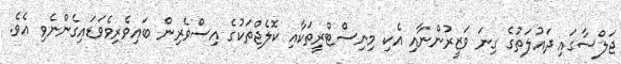
ޖަލްސާގައި ދައުލަތުގެ ގިނަ ވަޒީރުންނާއި އެކި މިނިސްޓްރީތަކާއި ކޮލެޖްތަކުގެ އިސްވެރިން ބައިވެރިވެވަޑައިގެންނެވި އެވެ.